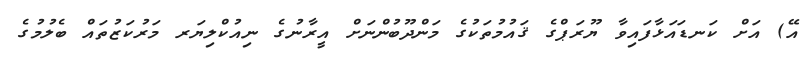
އޭ) އަށް ކަނޑައަޅާފައިވާ ޔޫރަޕްގެ ޤައުމުތަކުގެ މަންދޫބުންނަށް އީރާނުގެ ނިއުކްލިޔަރ މަރުކަޒުތައް ބެލުމުގެ